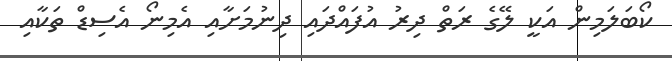
ކޯބަލަމިން އަކީ ލޭގެ ރަތް ދިރު އުފައްދައި ދިނުމަށާއި އެމިނޯ އެސިޑް ތަކާއި